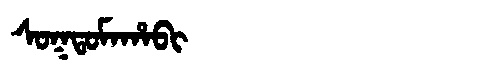
Manchu: ᠰᠣᡴᡨᠣᠮᠠᡥᠠᠪᡳ
Romanization: SOKTOMAHABI